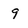
Character: 9